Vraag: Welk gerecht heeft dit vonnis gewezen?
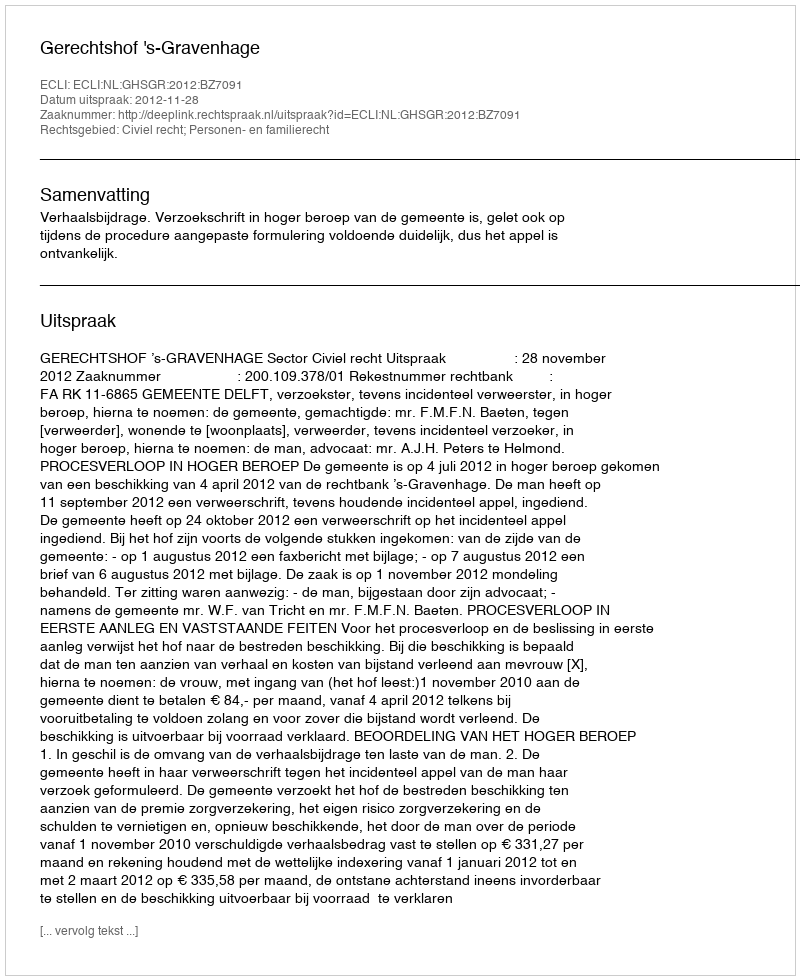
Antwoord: Gerechtshof 's-Gravenhage